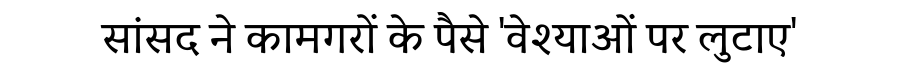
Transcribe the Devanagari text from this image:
सांसद ने कामगरों के पैसे 'वेश्याओं पर लुटाए'